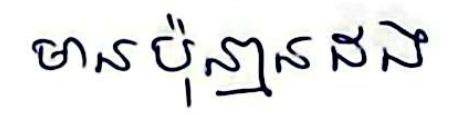
មានប៉ុន្មានដង